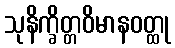
သုနိက္ခိတ္တဝိမာနဝတ္ထု